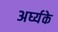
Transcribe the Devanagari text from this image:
अर्घ्यके